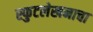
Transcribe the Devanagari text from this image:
स्फुटलेखनाचा